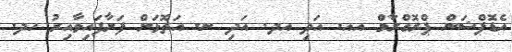
އެޑޮޕްޝަން ޕްރޮގްރާމް އއ. އަދި އދ. އަދި ނ. އަތޮޅަށް ފަށާފައިވާއިރު ހދ.